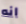
انه